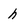
Character: h